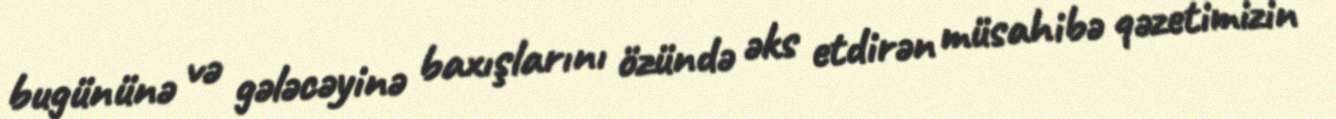
bugününə və gələcəyinə baxışlarını özündə əks etdirən müsahibə qəzetimizin